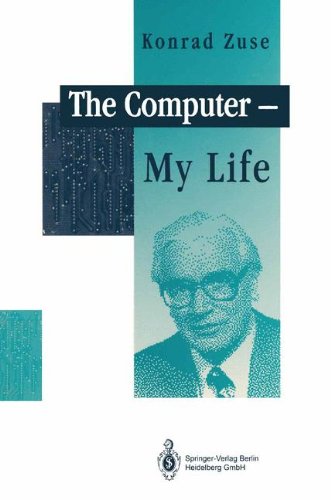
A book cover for The Computer - My Life; Konrad Zuse; Computers & Technology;